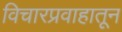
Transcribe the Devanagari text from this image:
विचारप्रवाहातून